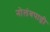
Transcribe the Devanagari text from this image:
नोलंबपाड़ी